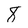
Character: 8